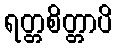
ရတ္တစိတ္တာပိ